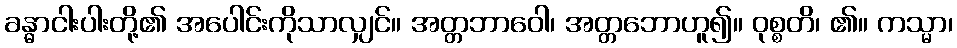
ခန္ဓာငါးပါးတို့၏ အပေါင်းကိုသာလျှင်။ အတ္တဘာဝေါ၊ အတ္တဘောဟူ၍။ ဝုစ္စတိ၊ ၏။ ကသ္မာ၊